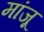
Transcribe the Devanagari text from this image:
मांजू